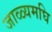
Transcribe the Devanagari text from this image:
जाळ्यमघि